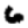
Digit: 6